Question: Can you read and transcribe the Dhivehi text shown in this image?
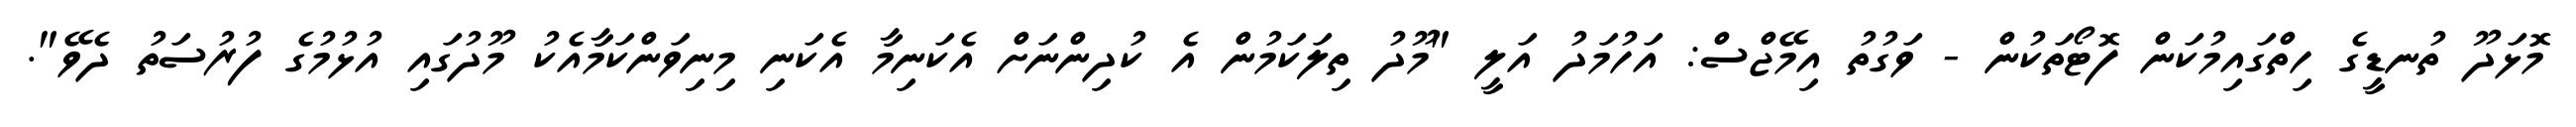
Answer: މޮޅަދޫ ތުނޑީގެ ހިތްގައިމުކަން ފޮޓޯތަކުން - ވަގުތު އިމޭޖްސް: އަހުމަދު އަލީ "މޫދު ތިލަކަމުން އެ ކުދިންނަށް އެކަނިމާ އެކަނި މިނިވަންކަމާއެކު މޫދުގައި އުޅުމުގެ ފުރުސަތު ދެވޭ".